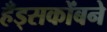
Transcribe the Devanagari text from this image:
हँड्सकोंबने